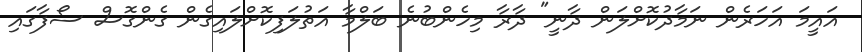
އައީމަ އަހަރެން ނަމާދުކޮށްލަން ދާނީ" ދާރާ މިހެންބުނެ ބަލްމާ އަތުލަފިކޮށްލައިގެން ގެންގޮސް ސޯފާގައި